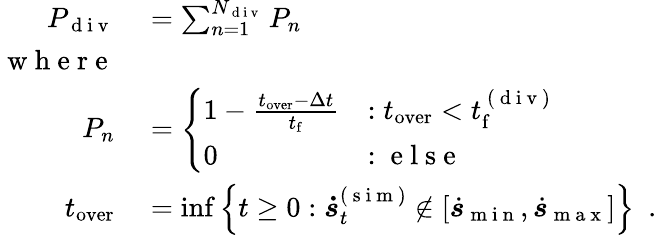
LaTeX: \begin{array}{rl}{P_{\mathrm{~d~i~v~}}}&{{}=\sum_{n=1}^{N_{\mathrm{~d~i~v~}}}P_{n}}\\ {\mathrm{~w~h~e~r~e~}}\\ {P_{n}}&{{}=\left\{ \begin{array}{ll}{1-\frac{t_{\mathrm{over}}-\Delta t}{t_{\mathrm{f}}}}&{:t_{\mathrm{over}}<t_{\mathrm{f}}^{\mathrm{~(~d~i~v~)~}}}\\ {0}&{:\mathrm{~e~l~s~e~}}\end{array}\right.}\\ {t_{\mathrm{over}}}&{{}=\operatorname*{inf}\left\{ t\geq 0:\boldsymbol{\dot{s}}_{t}^{(\mathrm{~s~i~m~})}\not\in\left[\dot{\boldsymbol{s}}_{\mathrm{~m~i~n~}},\dot{\boldsymbol{s}}_{\mathrm{~m~a~x~}}\right]\right\} \enspace.}\end{array}